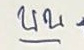
บน